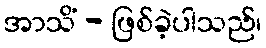
အာသိံ - ဖြစ်ခဲ့ပါသည်၊